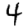
Digit: 4